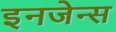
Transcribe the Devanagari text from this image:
इनजेन्स